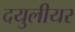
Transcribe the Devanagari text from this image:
दयुलीयर